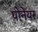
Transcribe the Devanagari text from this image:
पोनेयर